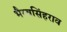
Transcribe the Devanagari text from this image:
भैरवसिंहराव